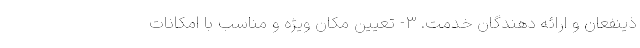
ذینفعان و ارائه دهندگان خدمت. ۳- تعیین مکان ویژه و مناسب با امکانات